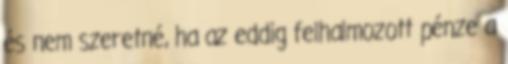
és nem szeretné, ha az eddig felhalmozott pénze a